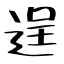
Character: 逞